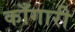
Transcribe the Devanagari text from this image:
काँगारी